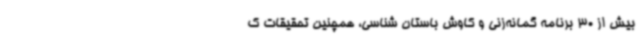
بیش از 30 برنامه گمانه‌زنی و کاوش باستان‌ شناسی، همچنین تحقیقات ک